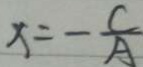
x = - \frac { C } { A }